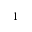
^ { - 1 }